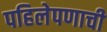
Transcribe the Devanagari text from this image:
पहिलेपणाची